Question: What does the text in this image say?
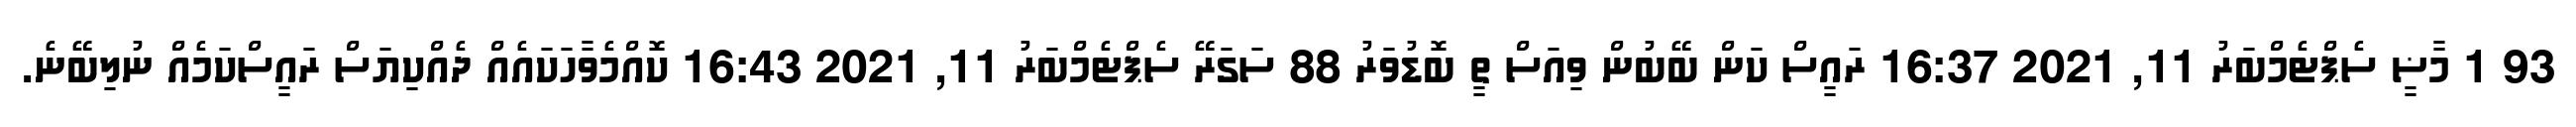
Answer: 93 1 މާޟީ ސެޕްޓެމްބަރު 11, 2021 16:37 ރައީސް ކަން ބޭބުން ވިއަސް ތީ ބޮޑުވަރު 88 ސަގަރޭ ސެޕްޓެމްބަރު 11, 2021 16:43 ކޮއްމެވާހަކައެއް ދެއްކިޔަސް ރައީސްކަމެއް ނުލިބޭނެ.